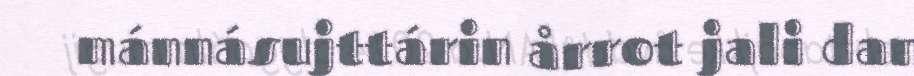
mánnásujttárin årrot jali dan